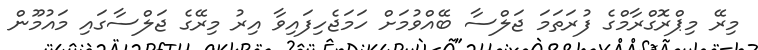
މިރޭ މިޕްރޮގްރާމްގެ ފުރަތަމަ ޖަލްސާ ބޭއްވުމަށް ހަމަޖެހިފައިވާ އިރު މިރޭގެ ޖަލްސާގައި މައުމޫން